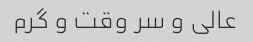
عالی و سر وقت و گرم